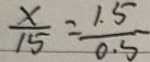
\frac { x } { 1 5 } = \frac { 1 . 5 } { 0 . 5 }